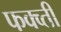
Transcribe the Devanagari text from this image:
फक्व्ती